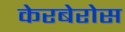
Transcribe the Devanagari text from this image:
केरबेरोस